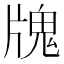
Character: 𤗧